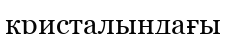
кристалындағы